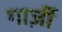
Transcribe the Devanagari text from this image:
गार्ज़ी